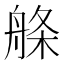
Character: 𦩁